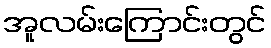
အူလမ်းကြောင်းတွင်